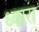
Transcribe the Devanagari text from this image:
ध्वारा